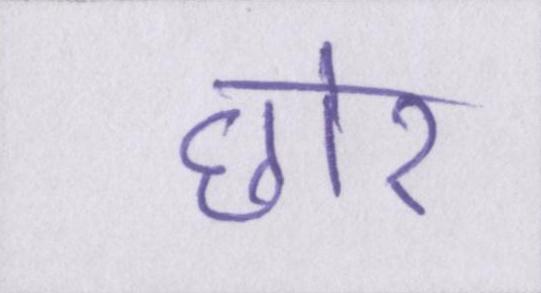
छोर